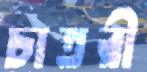
চাতরী